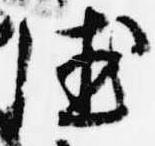
徳